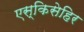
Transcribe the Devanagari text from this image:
एस्किसेहिर